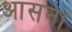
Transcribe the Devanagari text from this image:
आसना